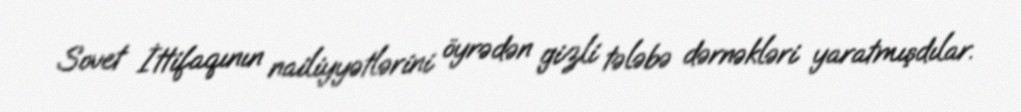
Sovet İttifaqının nailiyyətlərini öyrədən gizli tələbə dərnəkləri yaratmışdılar.